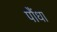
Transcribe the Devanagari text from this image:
पौंधा